Document type: Grant
Year: 1246
Scribe: Guillem de Moneca
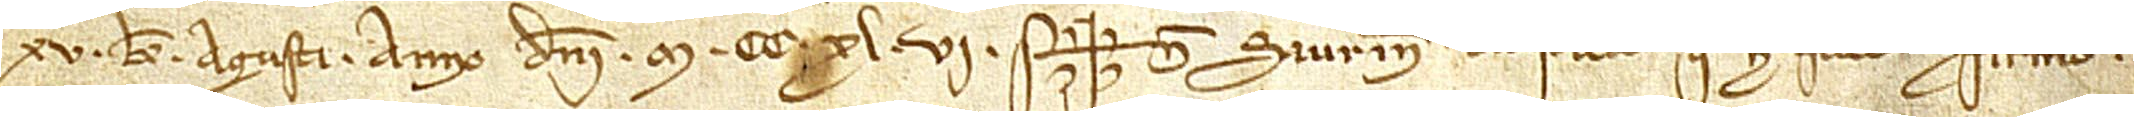
XV kalendas agusti, anno Domini M CC XL VI.  Sig+num Saurine de Castelleto, que hoc facio et firmo.